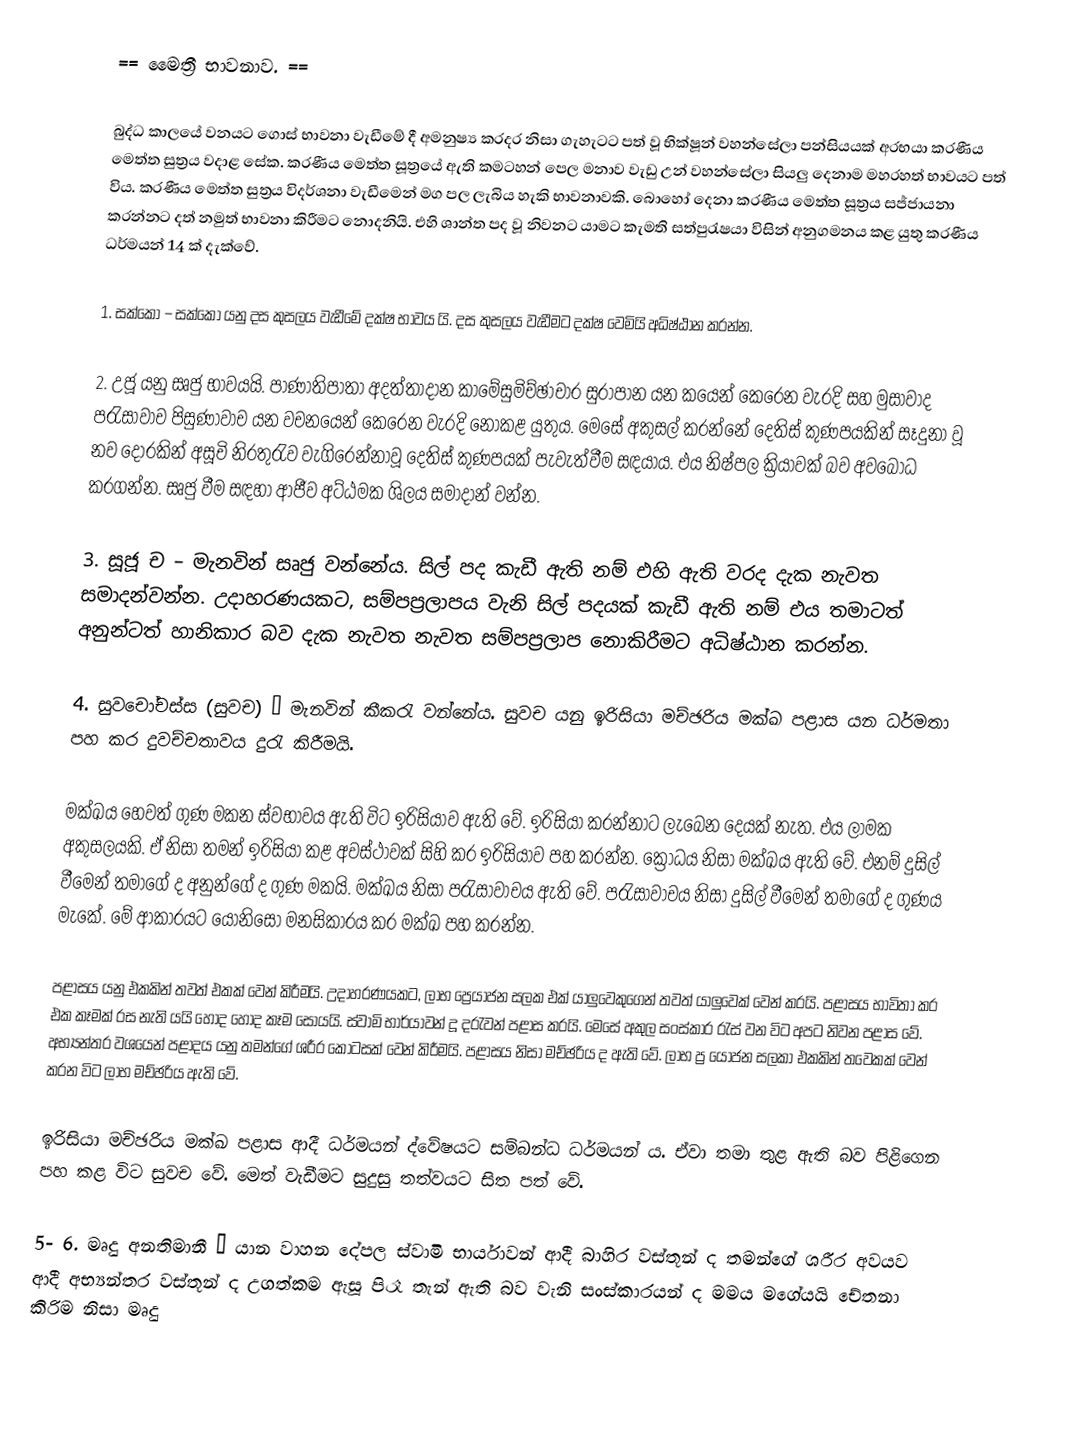
==  මෛත්‍රී භාවනාව. ==

බුද්ධ කාලයේ වනයට ගොස් භාවනා වැඩීමේ දී අමනුෂ්‍ය කරදර නිසා ගැහැටට පත් වූ භික්ෂූන් වහන්සේලා පන්සියයක් අරභයා කරණීය මෙත්ත සුත්‍රය වදාළ සේක. කරණීය මෙත්ත සූත්‍රයේ ඇති කමටහන් පෙල මනාව වැඩු උන් වහන්සේලා සියලු දෙනාම මහරහත් භාවයට පත් විය. කරණීය මෙත්ත සුත්‍රය විදර්ශනා වැඩීමෙන් මග පල ලැබිය හැකි භාවනාවකි. බොහෝ දෙනා කරණීය මෙත්ත සූත්‍රය සජ්ජායනා කරන්නට දත් නමුත් භාවනා කිරීමට නොදනියි. එහි ශාන්ත පද වූ නිවනට යාමට කැමති සත්පුරැෂයා විසින් අනුගමනය කළ යුතු කරණීය ධර්මයන් 14 ක් දැක්වේ.

1. සක්කෝ – සක්කෝ යනු දස කුසලය වැඩීමේ දක්ෂ භාවය යි. දස කුසලය වැඩීමට දක්ෂ වෙමියි අධිෂ්ඨාන කරන්න.

2. උජූ යනු සෘජු භාවයයි. පාණාතිපාතා අදත්තාදාන කාමේසුමිච්ඡාචාර සුරාපාන යන කයෙන් කෙරෙන වැරදි සහ මුසාවාද පරැසාවාච පිසුණාවාච යන වචනයෙන් කෙරෙන වැරදි නොකළ යුතුය. මෙසේ අකුසල් කරන්නේ දෙතිස් කුණපයකින් සෑදුනා වූ නව දොරකින් අසූචි නිරතුරැව වැගිරෙන්නාවූ දෙතිස් කුණපයක් පැවැත්වීම සඳයාය. එය නිෂ්පල ක්‍රියාවක් බව අවබෝධ කරගන්න. සෘජු වීම ස‍ඳහා ආජීව අට්ඨමක ශිලය සමාදාන් වන්න.

3. සූජූ ච – මැනවින් සෘජු වන්නේය. සිල් පද කැඩී ඇති නම් එහි ඇති වරද දැක නැවත සමාදන්වන්න. උදාහරණයකට, සම්පප්‍රලාපය වැනි සිල් පදයක් කැඩී ඇති නම් එය තමාටත් අනුන්ටත් හානිකාර බව දැක නැවත නැවත සම්පප්‍රලාප නොකිරීමට අධිෂ්ඨාන කරන්න.

4. සුවචෝචස්ස (සුවච) – මැනවින් කීකරැ වන්නේය. සුවච යනු ඉරිසියා මච්ඡරිය මක්ඛ පළාස යන ධර්මතා පහ කර දුවච්චතාවය දුරැ කිරීමයි.

මක්ඛය හෙවත් ගුණ මකන ස්වභාවය ඇති විට ඉරිසියාව ඇති වේ. ඉරිසියා කරන්නාට ලැබෙන දෙයක් නැත. එය ලාමක අකුසලයකි. ඒ නිසා තමන් ඉරිසියා කළ අවස්ථාවක් සිහි කර ඉරිසියාව පහ කරන්න. ක්‍රෝධය නිසා මක්ඛය ඇති වේ. එනම් දුසිල් වීමෙන් තමාගේ ද අනුන්ගේ ද ගුණ මකයි. මක්ඛය නිසා පරැසාවාචය ඇති වේ. පරැසාවාචය නිසා දුසිල් වීමෙන් තමාගේ ද ගුණය මැකේ. මේ ආකාරයට යෝනිසෝ මනසිකාරය කර මක්ඛ පහ කරන්න.

පළාසය යනු එකකින් තවත් එකක් වෙන් කිරීමයි. උදාහරණයකට, ලාභ ප්‍රෙයා්ජන සලක එක් යාලුවෙකුගෙන් තවත් යාලුවෙක් වෙන් කරයි. පළාසය භාවිතා කර එක කෑමක් රස නැති යයි හොද හොද කෑම සොයයි. ස්වාමි භාර්යාවන් දූ දරැවන් පළාස කරයි. මෙසේ අකුල සංස්කාර රැස් වන විට අපට නිවන පළාස වේ. අභ්‍යන්තර වශයෙන් පළාදය යනු තමන්ගේ ශරීර කොටසක් වෙන් කිරීමයි. පළාසය නිසා මච්ඡරිය ද ඇති වේ. ලාභ ප්‍ර යෝජන සලකා එකකින් තවෙකක් වෙන් කරන විට ලාභ මච්ඡරිය ඇති වේ.

ඉරිසියා මච්ඡරිය මක්ඛ පළාස ආදී ධර්මයන් ද්වේෂයට සම්බන්ධ ධර්මයන් ය. ඒවා තමා තුළ ඇති බව පිළිගෙන පහ කළ විට සුවච වේ. මෙත් වැඩීමට සුදුසු තත්වයට සිත පත් වේ.

5- 6. මෘදු අනතිමානී – යාන වාහන දේපල ස්වාමි භාර්යාවන් ආදී බාහිර වස්තූන් ද තමන්ගේ ශරීර අවයව ආදී අභ්‍යන්තර වස්තූන් ද උගත්කම ඇසූ පිරෑ තැන් ඇති බව වැනි සංස්කාරයන් ද මමය මගේයයි චේතනා කිරිම නිසා මෘදු